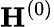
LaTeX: \mathbf{H}^{(0)}